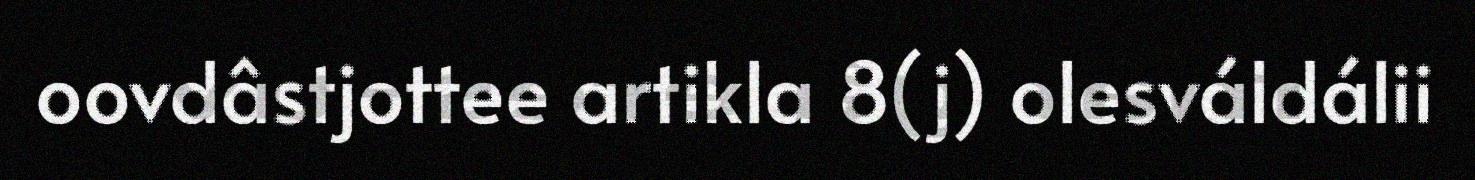
oovdâstjottee artikla 8(j) olesváldálii